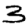
Digit: 3